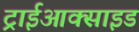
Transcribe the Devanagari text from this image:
ट्राईआक्साइड